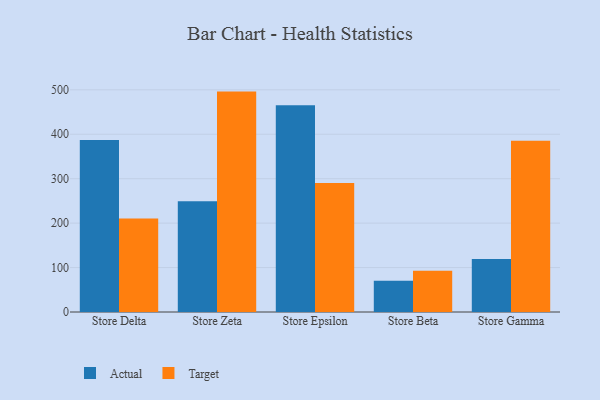
{"axis": {"x": "Store", "y": "Energy Usage (MWh)"}, "legend": ["Actual", "Target"], "data": [{"x": "Store Delta", "y": 387.1, "type": "Actual"}, {"x": "Store Delta", "y": 210.6, "type": "Target"}, {"x": "Store Zeta", "y": 249.0, "type": "Actual"}, {"x": "Store Zeta", "y": 496.0, "type": "Target"}, {"x": "Store Epsilon", "y": 465.1, "type": "Actual"}, {"x": "Store Epsilon", "y": 290.5, "type": "Target"}, {"x": "Store Beta", "y": 70.2, "type": "Actual"}, {"x": "Store Beta", "y": 93.0, "type": "Target"}, {"x": "Store Gamma", "y": 119.4, "type": "Actual"}, {"x": "Store Gamma", "y": 385.3, "type": "Target"}]}